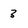
Character: 3